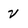
Character: V